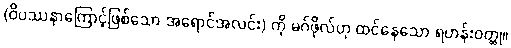
(ဝိပဿနာကြောင့်ဖြစ်သော အရောင်အလင်း) ကို မဂ်ဖိုလ်ဟု ထင်နေသော ရဟန်းဝတ္ထု။